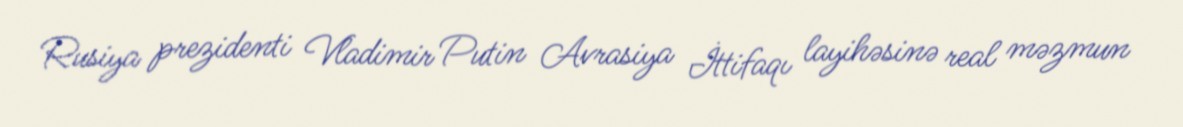
Rusiya prezidenti Vladimir Putin Avrasiya İttifaqı layihəsinə real məzmun